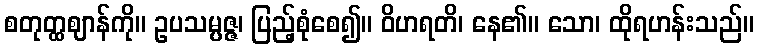
စတုတ္ထဈာန်ကို။ ဥပသမ္ပဇ္ဇ၊ ပြည့်စုံစေ၍။ ဝိဟရတိ၊ နေ၏။ သော၊ ထိုရဟန်းသည်။